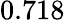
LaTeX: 0.718